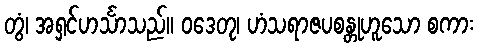
တွံ၊ အရှင်ဟင်္သာသည်။ ဝဒေတု၊ ဟံသရာဇပစန္တုဟူသော စကား